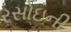
રસોઇની